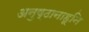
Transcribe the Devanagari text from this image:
अनुष्ठानाहूनि